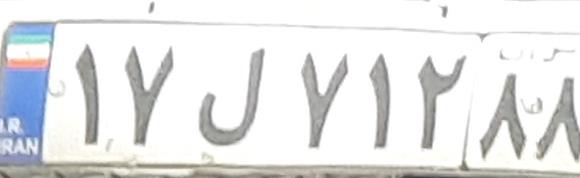
۱۷ل۷۱۲۸۸